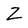
Character: Z